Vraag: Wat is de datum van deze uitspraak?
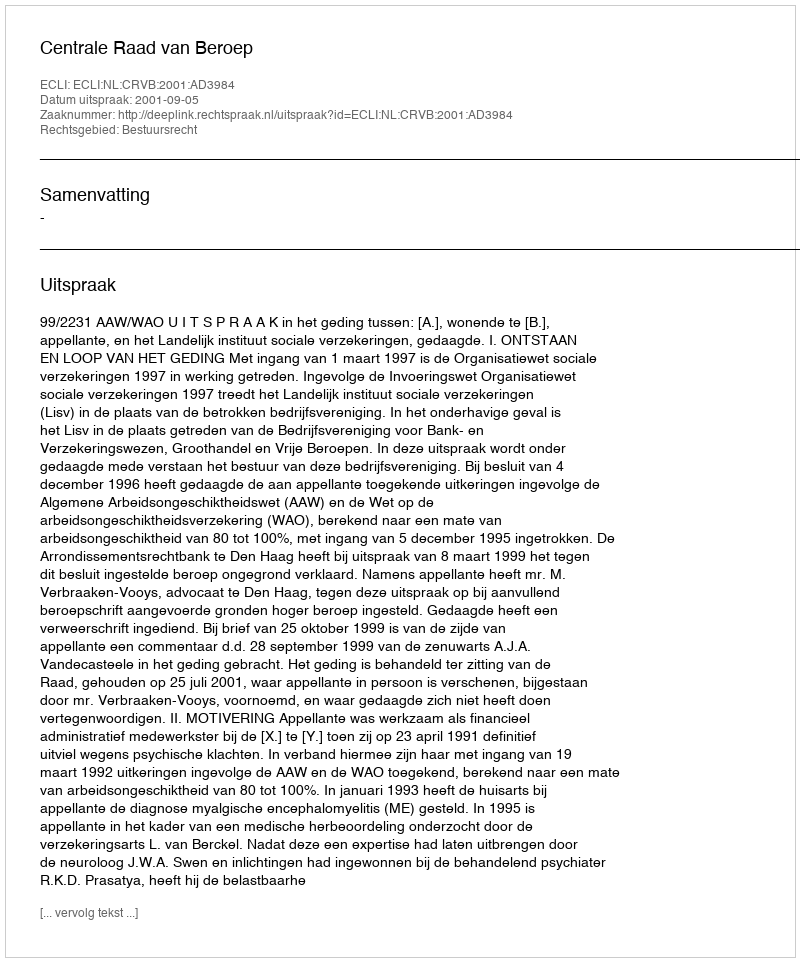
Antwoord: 2001-09-05